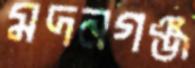
মদনগঞ্জ